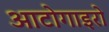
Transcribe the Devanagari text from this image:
आटोगाइरो